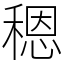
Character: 䅰